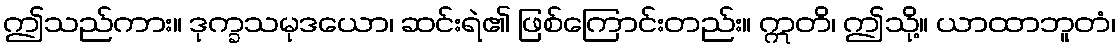
ဤသည်ကား။ ဒုက္ခသမုဒယော၊ ဆင်းရဲ၏ ဖြစ်ကြောင်းတည်း။ ဣတိ၊ ဤသို့။ ယာထာဘူတံ၊